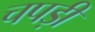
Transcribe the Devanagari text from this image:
चपड़ी